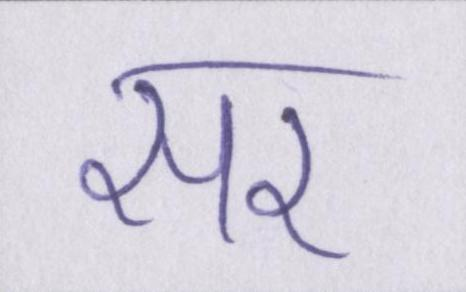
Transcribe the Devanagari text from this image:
सर